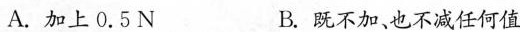
A.加上0.5N B.既不加、也不减任何值